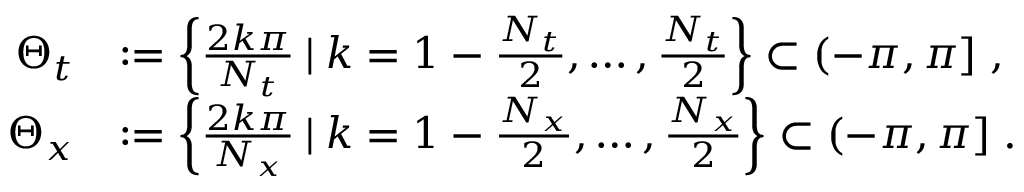
\begin{array} { r l } { \Theta _ { t } } & { : = \left\{ \frac { 2 k \pi } { N _ { t } } \: | \: k = 1 - \frac { N _ { t } } { 2 } , \dots , \frac { N _ { t } } { 2 } \right\} \subset ( - \pi , \pi ] \; , } \\ { \Theta _ { x } } & { : = \left\{ \frac { 2 k \pi } { N _ { x } } \: | \: k = 1 - \frac { N _ { x } } { 2 } , \dots , \frac { N _ { x } } { 2 } \right\} \subset ( - \pi , \pi ] \; . } \end{array}